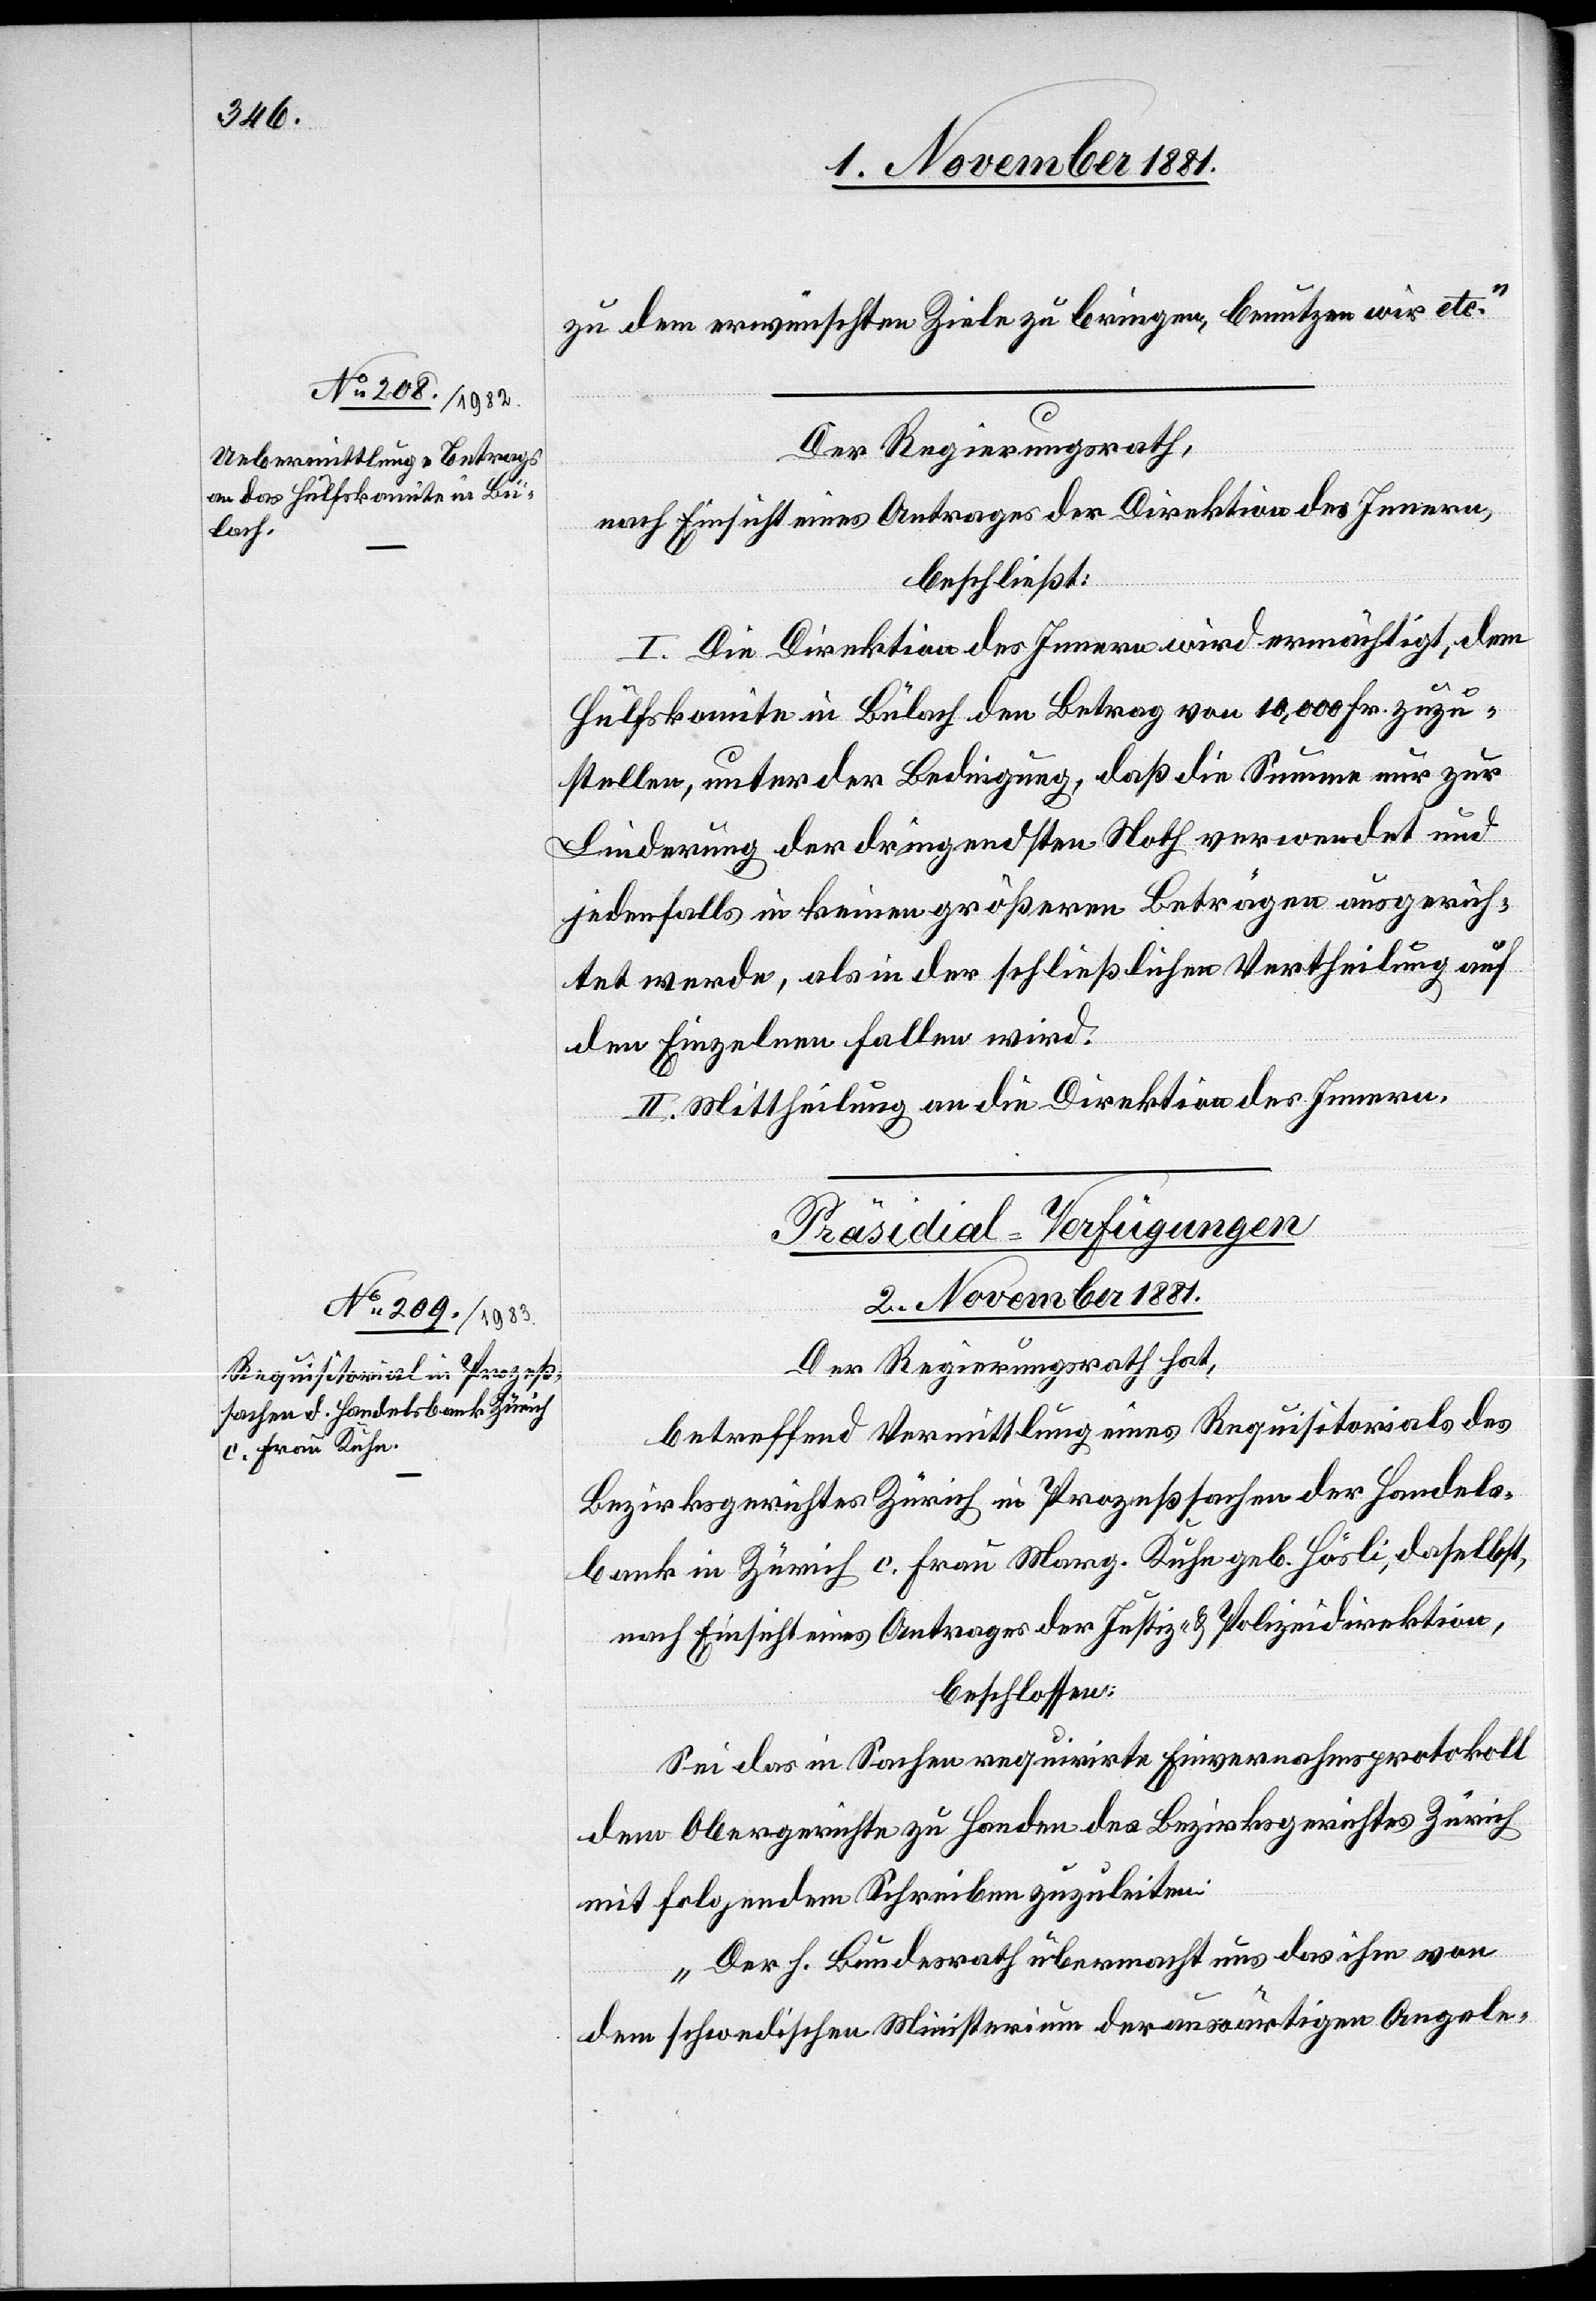
zu dem erwünschten Ziele zu bringen, benutzen wir etc.“
Der Regierungsrath,
nach Einsicht eines Antrages der Direktion des Innern,
beschließt:
I. Die Direktion des Innern wird ermächtigt, dem
Hülfskomite in Bülach den Betrag von 10,000 Fr. zuzu¬
stellen, unter der Bedingung, daß die Summe nur zur
Linderung der dringendsten Noth verwendet und
jedenfalls in keinen größeren Beträgen ausgerich¬
tet werde, als in der schließlichen Vertheilung auf
den Einzelnen fallen wird.
II. Mittheilung an die Direktion des Innern.
Präsidial-Verfügungen
2. November 1881.
Der Regierungsrath hat,
betreffend Vermittlung eines Requisitorials des
Bezirksgerichtes Zürich in Prozeßsachen der Handels¬
bank in Zürich c. Frau Marg. Kuhn geb. Hösli, daselbst,
nach Einsicht eines Antrages der Justiz- & Polizeidirektion,
beschlossen:
Sei das in Sachen requirirte Einvernahmsprotokoll
dem Obergerichte zu Handen des Bezirksgerichtes Zürich
mit folgendem Schreiben zuzuleiten:
„Der h. Bundesrath übermacht uns das ihm von
dem schwedischen Ministerium der auswärtigen Angele-